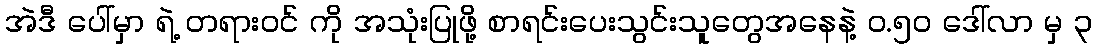
အဲဒီ ပေါ်မှာ ရဲ့ တရားဝင် ကို အသုံးပြုဖို့ စာရင်းပေးသွင်းသူတွေအနေနဲ့ ဝ.၅၀ ဒေါ်လာ မှ ၃